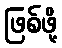
ဖြစ်ဖို့